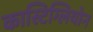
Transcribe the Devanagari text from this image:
कास्टिग्लियोन